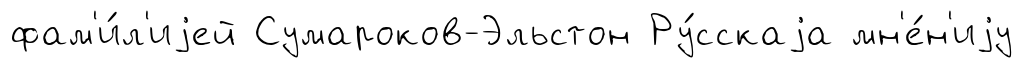
фам'и́л'иjей Сумароков-Эльстон Ру́сскаjа мн'е́н'иjу